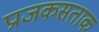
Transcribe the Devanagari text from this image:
प्राजकसताक